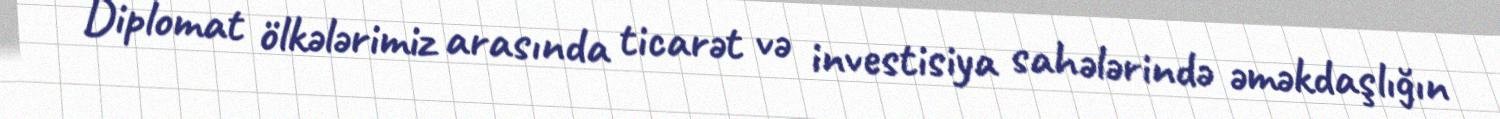
Diplomat ölkələrimiz arasında ticarət və investisiya sahələrində əməkdaşlığın